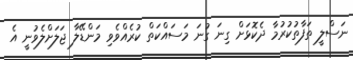
ނަސްލީ ތަފާތުކުރުމާ ދެކޮޅަށް ގިނަ ގުނަ މަސައްކަތް ކުރެއްވެވި މަންޑޭލާ ޖަލަށްލެވުނީ އެ